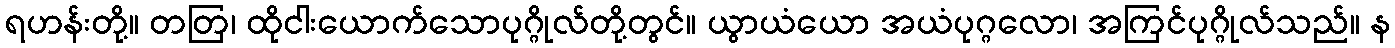
ရဟန်းတို့။ တတြ၊ ထိုငါးယောက်သောပုဂ္ဂိုလ်တို့တွင်။ ယွာယံယော အယံပုဂ္ဂလော၊ အကြင်ပုဂ္ဂိုလ်သည်။ န